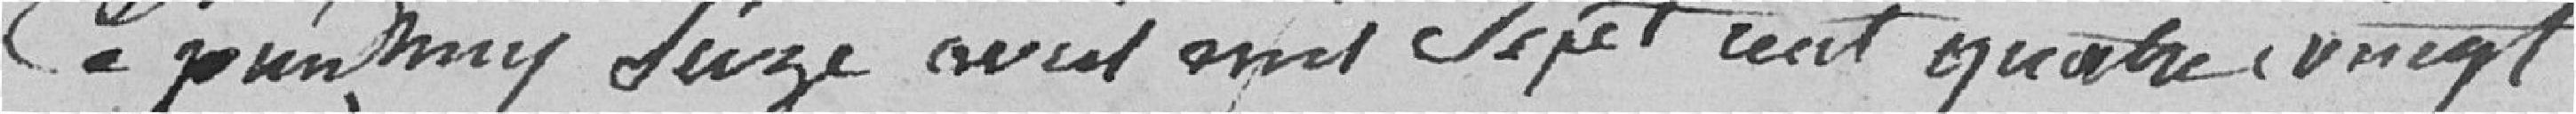
Ce jourd'huy seize avril mil sept cent quatre vingt